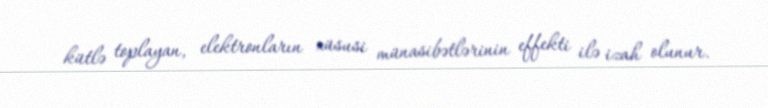
kütlə toplayan, elektronların xüsusi münasibətlərinin effekti ilə izah olunur.